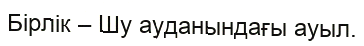
Бірлік – Шу ауданындағы ауыл.